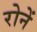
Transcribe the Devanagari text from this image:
रोनें